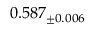
0 . 5 8 7 _ { \pm 0 . 0 0 6 }